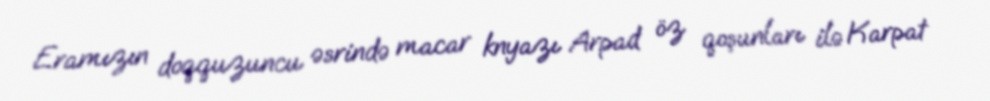
Eramızın doqquzuncu əsrində macar knyazı Arpad öz qoşunları ilə Karpat